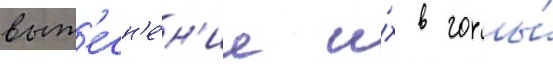
выт'есн'е́н'ие и́х в горы́